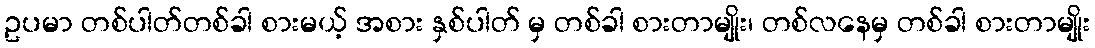
ဥပမာ တစ်ပါတ်တစ်ခါ စားမယ့် အစား နှစ်ပါတ် မှ တစ်ခါ စားတာမျိုး၊ တစ်လနေမှ တစ်ခါ စားတာမျိုး